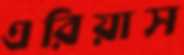
এরিয়াস